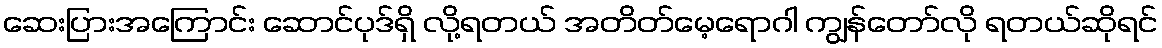
ဆေးပြားအကြောင်း ဆောင်ပုဒ်ရှိ လို့ရတယ် အတိတ်မေ့ရောဂါ ကျွန်တော်လို ရတယ်ဆိုရင်